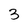
Character: 3